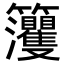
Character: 𥸘